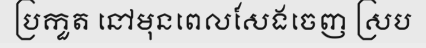
ប្រកួត នៅមុនពេលសែងចេញ ស្រប